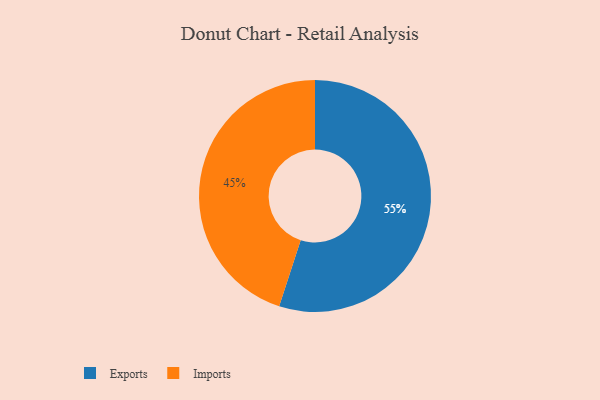
{"axis": {"x": "Category", "y": "Percentage"}, "legend": ["Exports", "Imports"], "data": [{"x": "Imports", "y": 45, "type": "Imports"}, {"x": "Exports", "y": 55, "type": "Exports"}]}